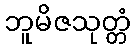
ဘူမိဇသုတ္တံ